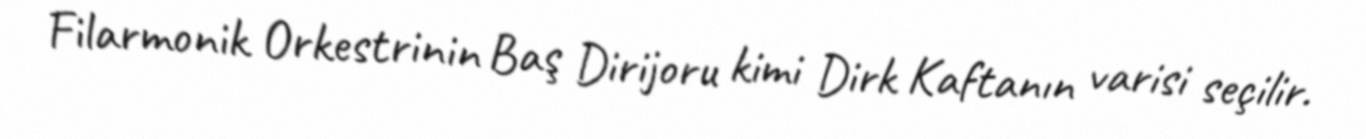
Filarmonik Orkestrinin Baş Dirijoru kimi Dirk Kaftanın varisi seçilir.